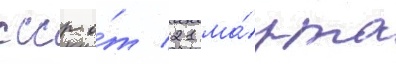
ссср о́т 21 ма́рта